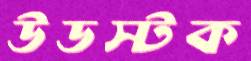
উডস্টক